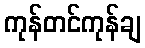
ကုန်တင်ကုန်ချ